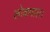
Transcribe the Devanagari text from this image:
लोकपाल।